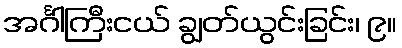
အင်္ဂါကြီးငယ် ချွတ်ယွင်းခြင်း၊ ၉။